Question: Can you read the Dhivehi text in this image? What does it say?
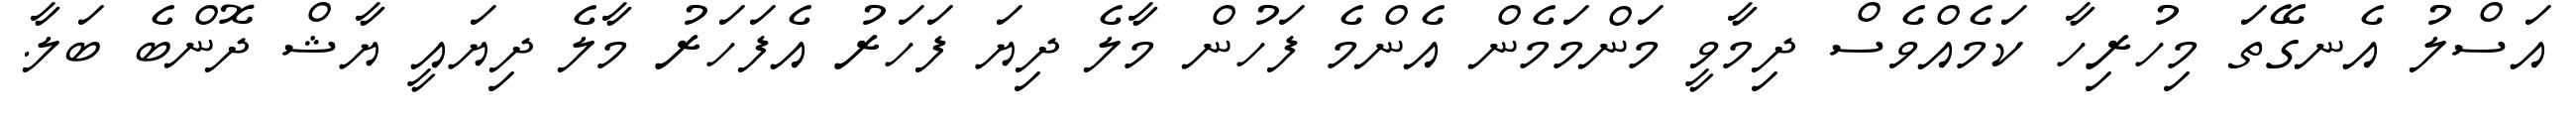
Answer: އަސްލު އެނގޭތަ މިހުރިހާ ކަމެއްވެސް ދިމާވީ މަންމަމެން އެންމެ ފަހުން މާލެ ދިޔަ ފަހަރު އެފަހަރު މާލެ ދިޔައީ ޔާޝް ދޮންބެ ބަލާ.